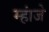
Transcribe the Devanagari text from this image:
म्हांजे